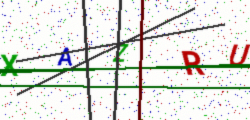
Text: XAZRU